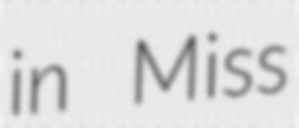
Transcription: in Miss